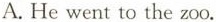
A. He went to the zoo.